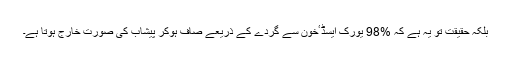
بلکہ حقیقت تو یہ ہے کہ %98 یورک ایسڈ ٴخون سے گردے کے ذریعے صاف ہوکر پیشاب کی صورت خارج ہوتا ہے۔